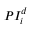
P I _ { i } ^ { d }